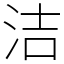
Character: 洁